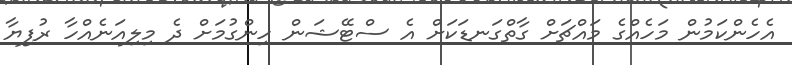
އެހެންކަމުން މަހެއްގެ މައްޗަށް ގާތްގަނޑަކަށް އެ ސްޓޭޝަން ހިންގުމަށް ދެ މިލިއަނެއްހާ ރުފިޔާ